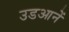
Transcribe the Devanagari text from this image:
उडआनें